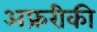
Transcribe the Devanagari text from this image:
अफ्ररीकी